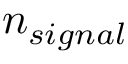
n _ { s i g n a l }